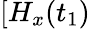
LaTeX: [H_{x}(t_{1})